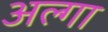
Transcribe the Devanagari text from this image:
अल्गा